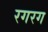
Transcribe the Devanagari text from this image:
रगरग